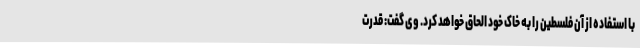
با استفاده از آن فلسطین را به خاک خود الحاق خواهد کرد. وی گفت: قدرت